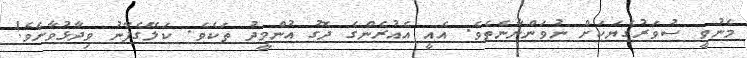
މެނުވީ ސުވަރުގެޔަކަށް ނުވަންނާނެތެވެ. އެއީ އެއުރެންގެ ދޮގު އުންމީދު ތަކެވެ. ކަލޭގެފާނު ވިދާޅުވާށެވެ!